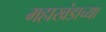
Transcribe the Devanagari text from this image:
महाखंडाच्या